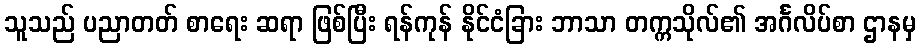
သူသည် ပညာတတ် စာရေး ဆရာ ဖြစ်ပြီး ရန်ကုန် နိုင်ငံခြား ဘာသာ တက္ကသိုလ်၏ အင်္ဂလိပ်စာ ဌာနမှ